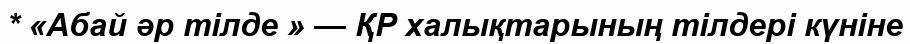
* «Абай әр тілде » — ҚР халықтарының тілдері күніне